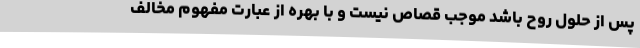
پس از حلول روح باشد موجب قصاص نیست و با بهره از عبارت مفهوم مخالف